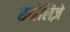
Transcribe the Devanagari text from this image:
छनेलिज़े